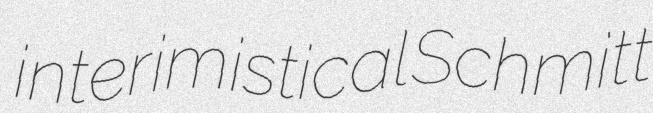
interimistical Schmitt